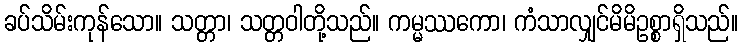
ခပ်သိမ်းကုန်သော။ သတ္တာ၊ သတ္တဝါတို့သည်။ ကမ္မဿကော၊ ကံသာလျှင်မိမိဥစ္စာရှိသည်။